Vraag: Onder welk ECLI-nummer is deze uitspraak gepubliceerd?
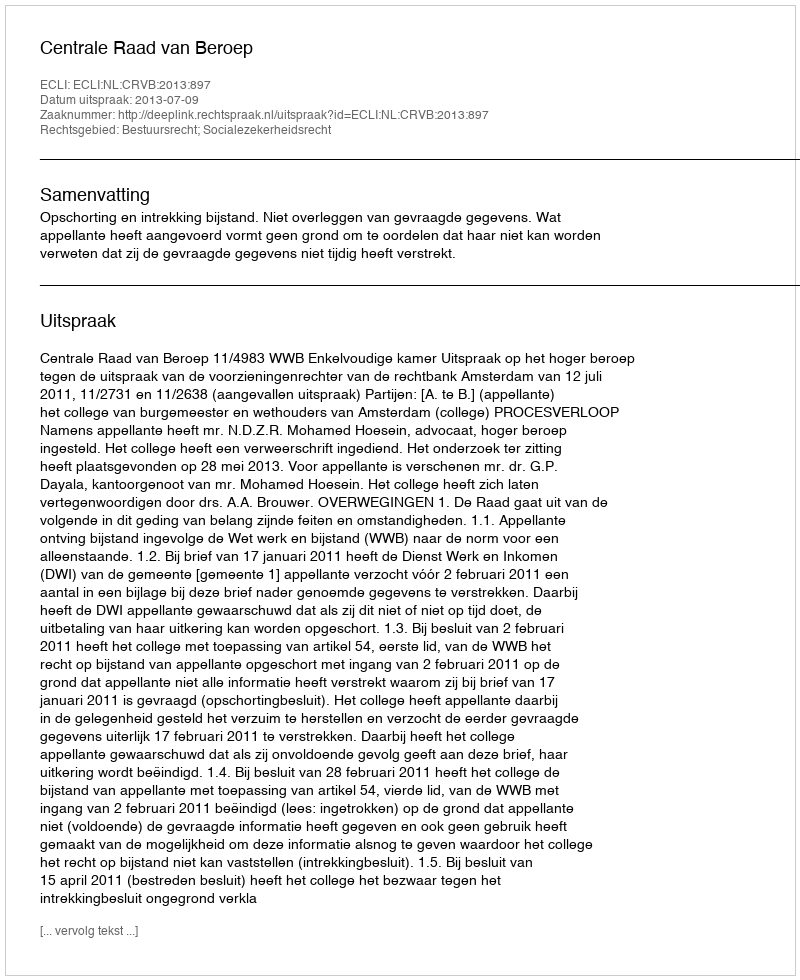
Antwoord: ECLI:NL:CRVB:2013:897